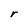
Character: r